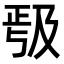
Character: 𭆱